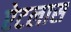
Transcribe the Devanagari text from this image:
ऐटलास